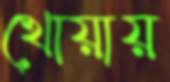
খোয়ায়